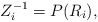
\begin{align*}Z_i^{-1}=P(R_i),\end{align*}